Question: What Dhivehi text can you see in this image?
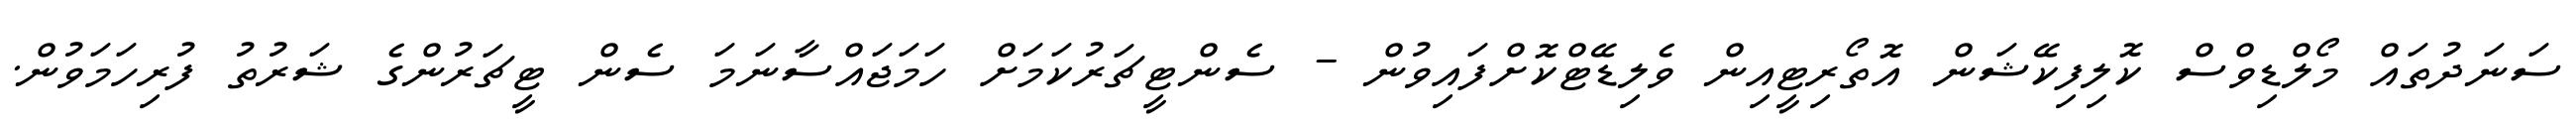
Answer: ސަނަދުތައް މޯލްޑިވްސް ކޮލިފިކޭޝަން އޮތޯރިޓީއިން ވެލިޑޭޓްކޮށްފައިވުން - ސެންޓީޗަރުކަމަށް ހަމަޖައްސާނަމަ ސެން ޓީޗަރުންގެ ޝަރުތު ފުރިހަމަވުން.